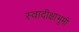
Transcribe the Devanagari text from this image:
स्वादीक्षाभूमी